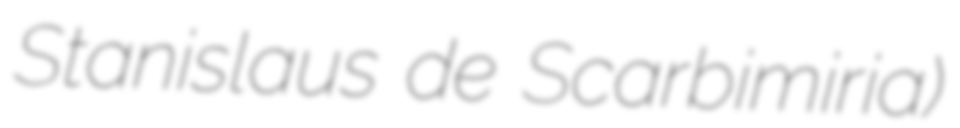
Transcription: Stanislaus de Scarbimiria)